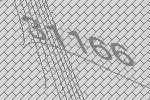
31166